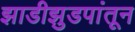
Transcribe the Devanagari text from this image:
झाडीझुडपांतून